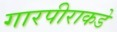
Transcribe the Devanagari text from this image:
गारपीराकडे